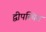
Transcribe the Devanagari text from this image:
द्वीपस्थित